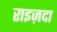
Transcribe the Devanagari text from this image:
राइज़दा